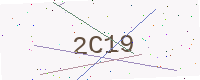
Text: 2C19